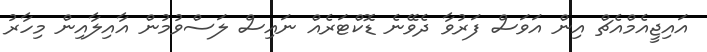
އައިޖީއެމްއެޗް އިން އަވަސް ފަރުވާ ދެވޭނެ ޑޮކްޓަރެއް ނައިސް ލަސްވުމުން އާއިލާއިން މިހާރު